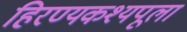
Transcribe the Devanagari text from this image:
हिरण्यकश्यपूला